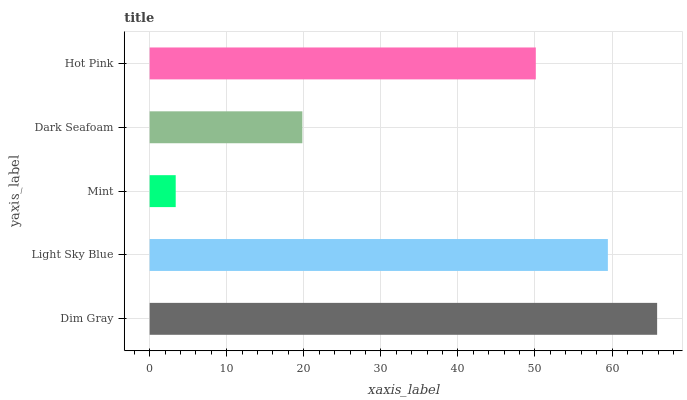
| yaxis_label | bars |
 | --- | --- |
 | Dim Gray | 65.8 |
 | Light Sky Blue | 59.5 |
 | Mint | 3.38 |
 | Dark Seafoam | 19.8 |
 | Hot Pink | 50.1 |